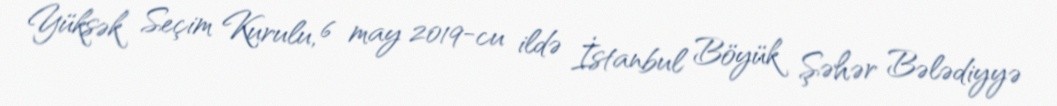
Yüksək Seçim Kurulu, 6 may 2019-cu ildə İstanbul Böyük Şəhər Bələdiyyə